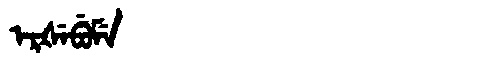
Manchu: ᡝᡵᡧᡝᠪᡠᠮᡝ
Romanization: ERŠEBUME